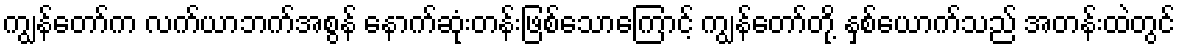
ကျွန်တော်က လက်ယာဘက်အစွန် နောက်ဆုံးတန်းဖြစ်သောကြောင့် ကျွန်တော်တို့ နှစ်ယောက်သည် အတန်းထဲတွင်